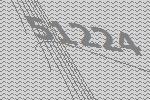
51224